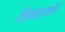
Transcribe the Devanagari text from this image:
शिकार्‍यांचे